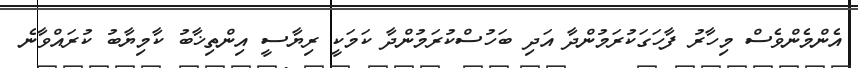
އެންމެންވެސް މިހާރު ފާހަގަކުރަމުންދާ އަދި ބަހުސްކުރަމުންދާ ކަމަކީ ރިޔާސީ އިންތިޚާބު ކާމިޔާބު ކުރައްވާނެ